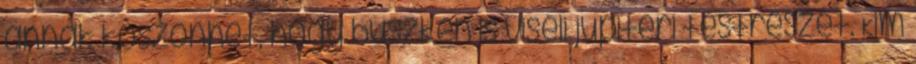
annak köszönhet, hogy büszkén is viseli jupiteri testrészét. Kim